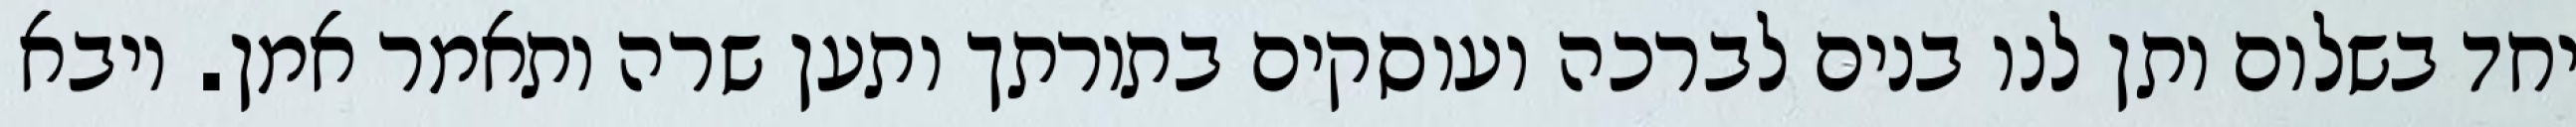
יחד בשלום ותן לנו בנים לברכה ועוסקים בתורתך ותען שרה ותאמר אמן. ויבא